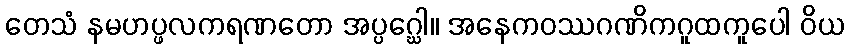
တေသံ နမဟပ္ဖလကရဏတော အပ္ပဂ္ဃေါ။ အနေကဝဿဂဏိကဂူထကူပေါ ဝိယ